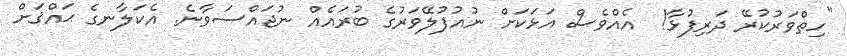
"ހިތްވަރުކުރޭ ދަރިފުޅާ!  އެއްވެސް އަޅަކަށް ނުއުފުލޭވަރުގެ ބުރައެއް ނުޖައްސަވާނެ. އެކަލާނގެ ޙައްޤަށް